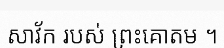
សាវ័ក របស់ ព្រះគោតម ។